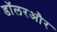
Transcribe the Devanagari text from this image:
डॉलरऔर